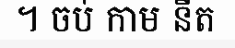
។ ចប់ កាម នីត